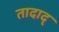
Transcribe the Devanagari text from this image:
तादाद्